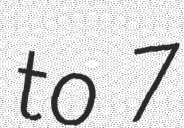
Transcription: to 7